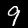
Label: 9